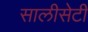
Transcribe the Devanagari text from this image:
सालीसेटी